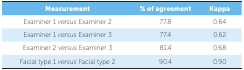
<table><thead><tr><td><b>Measurement</b></td><td><b>% of agreement</b></td><td><b>Kappa</b></td></tr></thead><tbody><tr><td>Examiner 1<i>versus</i> Examiner 2</td><td>77.8</td><td>0.64</td></tr><tr><td>Examiner 1<i>versus</i> Examiner 3</td><td>77.4</td><td>0.62</td></tr><tr><td>Examiner 2<i>versus</i> Examiner 3</td><td>81.4</td><td>0.68</td></tr><tr><td>Facial type 1<i>versus</i> Facial type 2</td><td>90.4</td><td>0.90</td></tr></tbody></table>